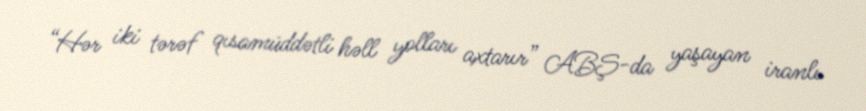
“Hər iki tərəf qısamüddətli həll yolları axtarır” ABŞ-da yaşayan iranlı